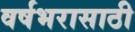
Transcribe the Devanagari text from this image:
वर्षभरासाठी